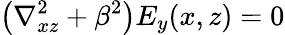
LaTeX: \left(\nabla_{xz}^{2}+\beta^{2}\right)E_{y}(x,z)=0